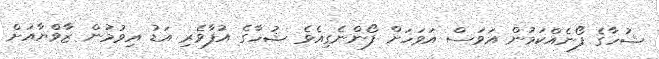
ޝުހާގެ ފޯނެއްކަމުން އަވަސް އަވަހަށް ފޯންނެގިއެވެ ޝުހާގެ އުފާވެރި އަޑު އިވުމުން ޒާވްޔާއަށް